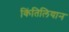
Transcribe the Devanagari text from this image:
किंतिलियान